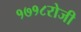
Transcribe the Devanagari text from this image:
१७१८रोजी